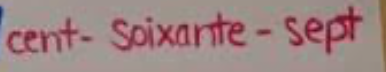
cent-Soixante-Sept